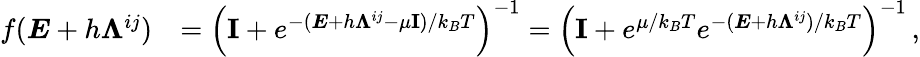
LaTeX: \begin{array}{rl}{f(\boldsymbol{E}+h\boldsymbol{\Lambda}^{ij})}&{=\left(\textbf{I}+e^{-(\boldsymbol{E}+h\boldsymbol{\Lambda}^{ij}-\mu\textbf{I})/k_{B}T}\right)^{-1}=\left(\textbf{I}+e^{\mu/k_{B}T}e^{-(\boldsymbol{E}+h\boldsymbol{\Lambda}^{ij})/k_{B}T}\right)^{-1}\, ,}\end{array}